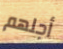
أجلهم